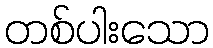
တစ်ပါးသော